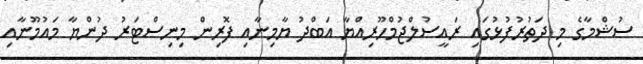
ސުޝްމާގެ މި ދަތުރުފުޅުގައި ރައީސުލްޖުމްހޫރިއްޔާ އަބްދު ޔާމިނާއި ފޮރިން މިނިސްޓަރު ދުންޔާ މައުމޫނާއި